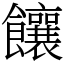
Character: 饟